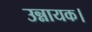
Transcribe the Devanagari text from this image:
उन्नायक।